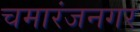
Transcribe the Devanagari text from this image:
चमारंजनगर